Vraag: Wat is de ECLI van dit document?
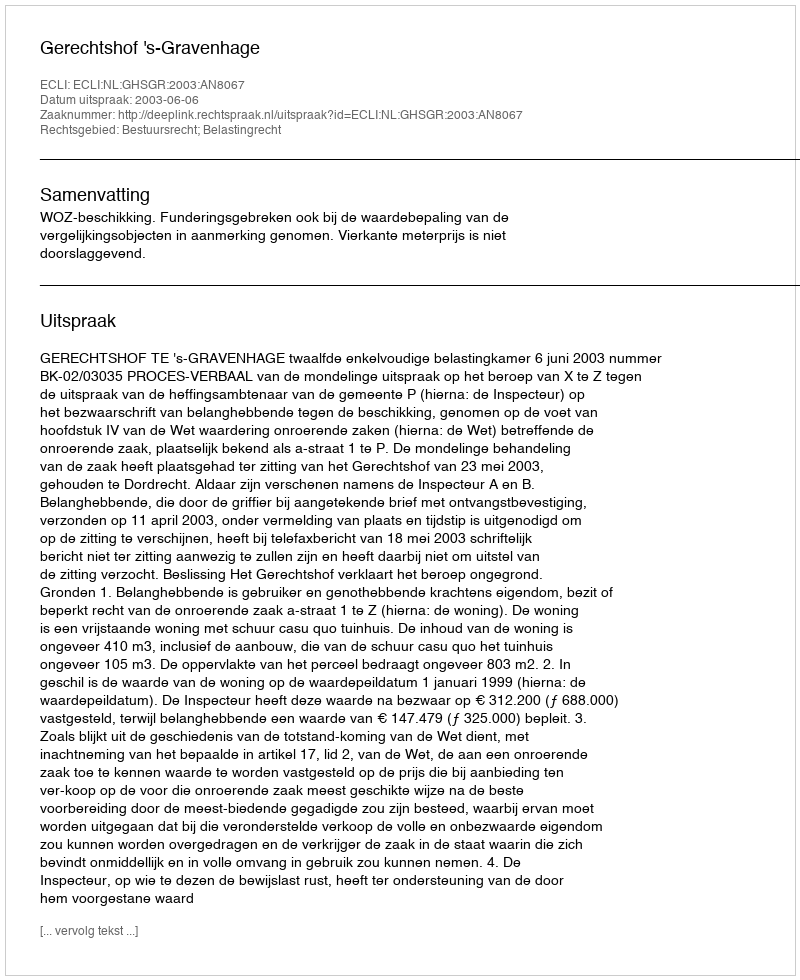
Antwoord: ECLI:NL:GHSGR:2003:AN8067